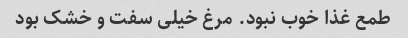
طمع غذا خوب نبود. مرغ خیلی سفت و خشک بود